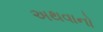
અથવાનો